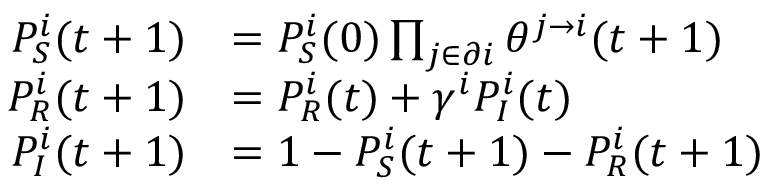
\begin{array} { r l } { P _ { S } ^ { i } ( t + 1 ) } & { = P _ { S } ^ { i } ( 0 ) \prod _ { j \in \partial i } \theta ^ { j \to i } ( t + 1 ) } \\ { P _ { R } ^ { i } ( t + 1 ) } & { = P _ { R } ^ { i } ( t ) + \gamma ^ { i } P _ { I } ^ { i } ( t ) } \\ { P _ { I } ^ { i } ( t + 1 ) } & { = 1 - P _ { S } ^ { i } ( t + 1 ) - P _ { R } ^ { i } ( t + 1 ) } \end{array}